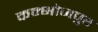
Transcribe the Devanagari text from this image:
कम्भोजपुर